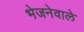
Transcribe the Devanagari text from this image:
भेजनेवाले